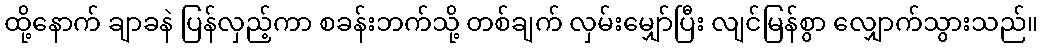
ထို့နောက် ချာခနဲ ပြန်လှည့်ကာ စခန်းဘက်သို့ တစ်ချက် လှမ်းမျှော်ပြီး လျင်မြန်စွာ လျှောက်သွားသည်။